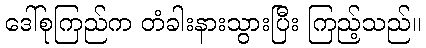
ဒေါ်စုကြည်က တံခါးနားသွားပြီး ကြည့်သည်။